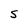
Character: S